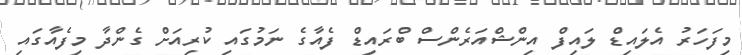
މިފަހަރު އެލައިޑް ލައިފް އިންޝްއަރެންސް ބްރައިޑް ފެއާގެ ނަމުގައި ކުރިއަށް ގެންދާ މިފެއާގައި